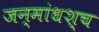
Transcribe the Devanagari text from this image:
जन्मांधश्च